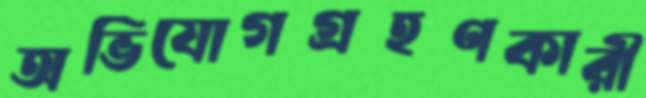
অভিযোগগ্রহণকারী